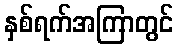
နှစ်ရက်အကြာတွင်